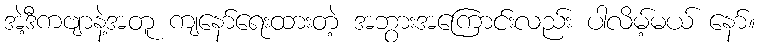
အဲ့ဒီကဗျာနဲ့အတူ ကျနော်ရေးထားတဲ့ အဘွားအကြောင်းလည်း ပါလိမ့်မယ် နော်။